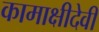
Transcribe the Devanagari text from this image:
कामाक्षीदेवी